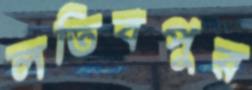
লতিবপুর